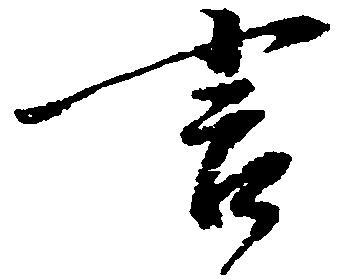
言